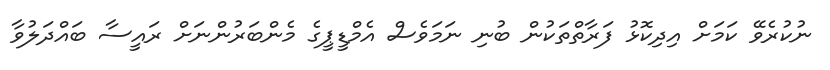
ނުކުރެވޭ ކަމަށް އިދިކޮޅު ފަރާތްތަކުން ބުނި ނަމަވެސް އެމްޑީޕީގެ މެންބަރުންނަށް ރައީސާ ބައްދަލުވާ